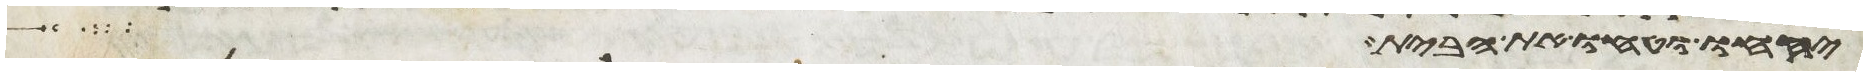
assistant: יקחו וטחו את הבית